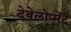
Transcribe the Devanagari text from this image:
देवेलोप्मेंट